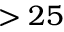
> 2 5